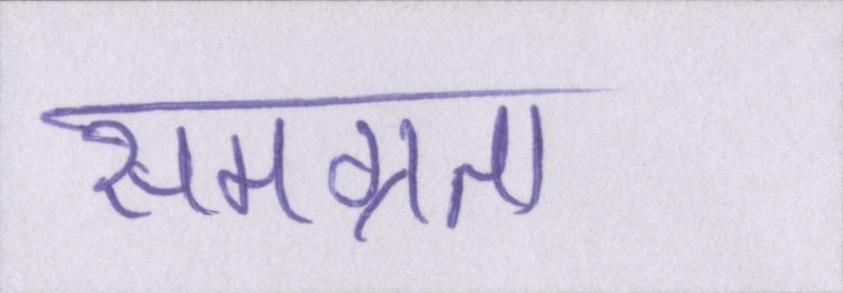
समग्रता